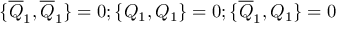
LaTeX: \{ \overline { { { Q } } } _ { 1 } , \overline { { { Q } } } _ { 1 } \} = 0 ; \{ Q _ { 1 } , Q _ { 1 } \} = 0 ; \{ \overline { { { Q } } } _ { 1 } , Q _ { 1 } \} = 0